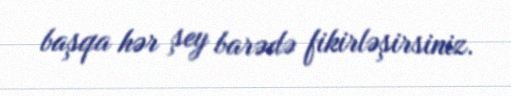
başqa hər şey barədə fikirləşirsiniz.